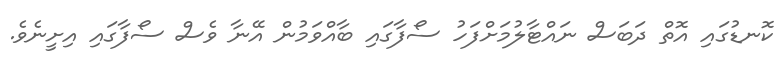
ކޮނޑުގައި އޮތް ދަބަސް ނައްޓާލުމަށްފަހު ސޯފާގައި ބާއްވަމުން އޭނާ ވެސް ސޯފާގައި އިށީނެވެ.